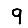
Digit: 9